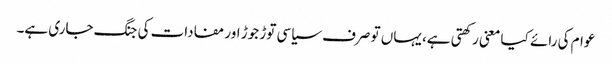
عوام کی رائے کیا معنی رکھتی ہے، یہاں تو صرف سیاسی توڑ جوڑ اور مفادات کی جنگ جاری ہے۔